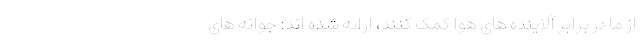
از ما در برابر آلاینده های هوا کمک کنند، ارائه شده اند: جوانه های